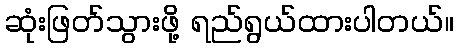
ဆုံးဖြတ်သွားဖို့ ရည်ရွယ်ထားပါတယ်။